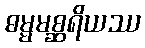
ဓမ္မမစ္ဆရိယဿ